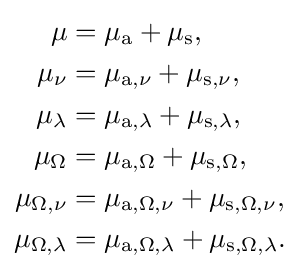
{\begin{aligned}\mu &=\mu _{\mathrm {a} }+\mu _{\mathrm {s} },\\\mu _{\nu }&=\mu _{\mathrm {a} ,\nu }+\mu _{\mathrm {s} ,\nu },\\\mu _{\lambda }&=\mu _{\mathrm {a} ,\lambda }+\mu _{\mathrm {s} ,\lambda },\\\mu _{\Omega }&=\mu _{\mathrm {a} ,\Omega }+\mu _{\mathrm {s} ,\Omega },\\\mu _{\Omega ,\nu }&=\mu _{\mathrm {a} ,\Omega ,\nu }+\mu _{\mathrm {s} ,\Omega ,\nu },\\\mu _{\Omega ,\lambda }&=\mu _{\mathrm {a} ,\Omega ,\lambda }+\mu _{\mathrm {s} ,\Omega ,\lambda }.\end{aligned}}